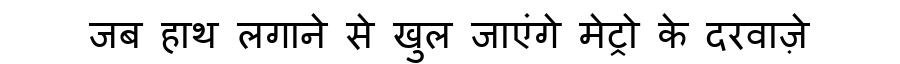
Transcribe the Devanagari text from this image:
जब हाथ लगाने से खुल जाएंगे मेट्रो के दरवाज़े